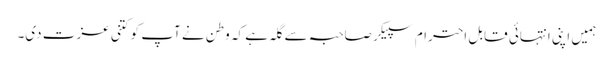
ہمیں اپنی انتہائی قابل احترام سپیکر صاحبہ سے گلہ ہے کہ وطن نے آپ کو کتنی عزت دی۔